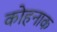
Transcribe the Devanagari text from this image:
कोहनाक